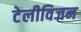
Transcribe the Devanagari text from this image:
टेलीविजन